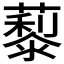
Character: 𦿾